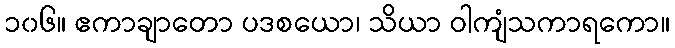
၁၀၆။ ဧကာချာတော ပဒစယော၊ သိယာ ဝါကျံသကာရကော။